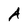
Character: A